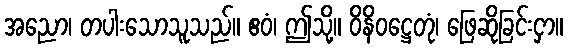
အညော၊ တပါးသောသူသည်။ ဧဝံ၊ ဤသို့။ ဝိနိဝဋ္ဌေတုံ၊ ဖြေဆိုခြင်းငှာ။